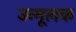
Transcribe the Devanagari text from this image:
उन्मूलक